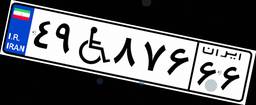
۴۹W۸۷۶۶۶